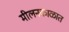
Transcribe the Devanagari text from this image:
मीलनकाळात